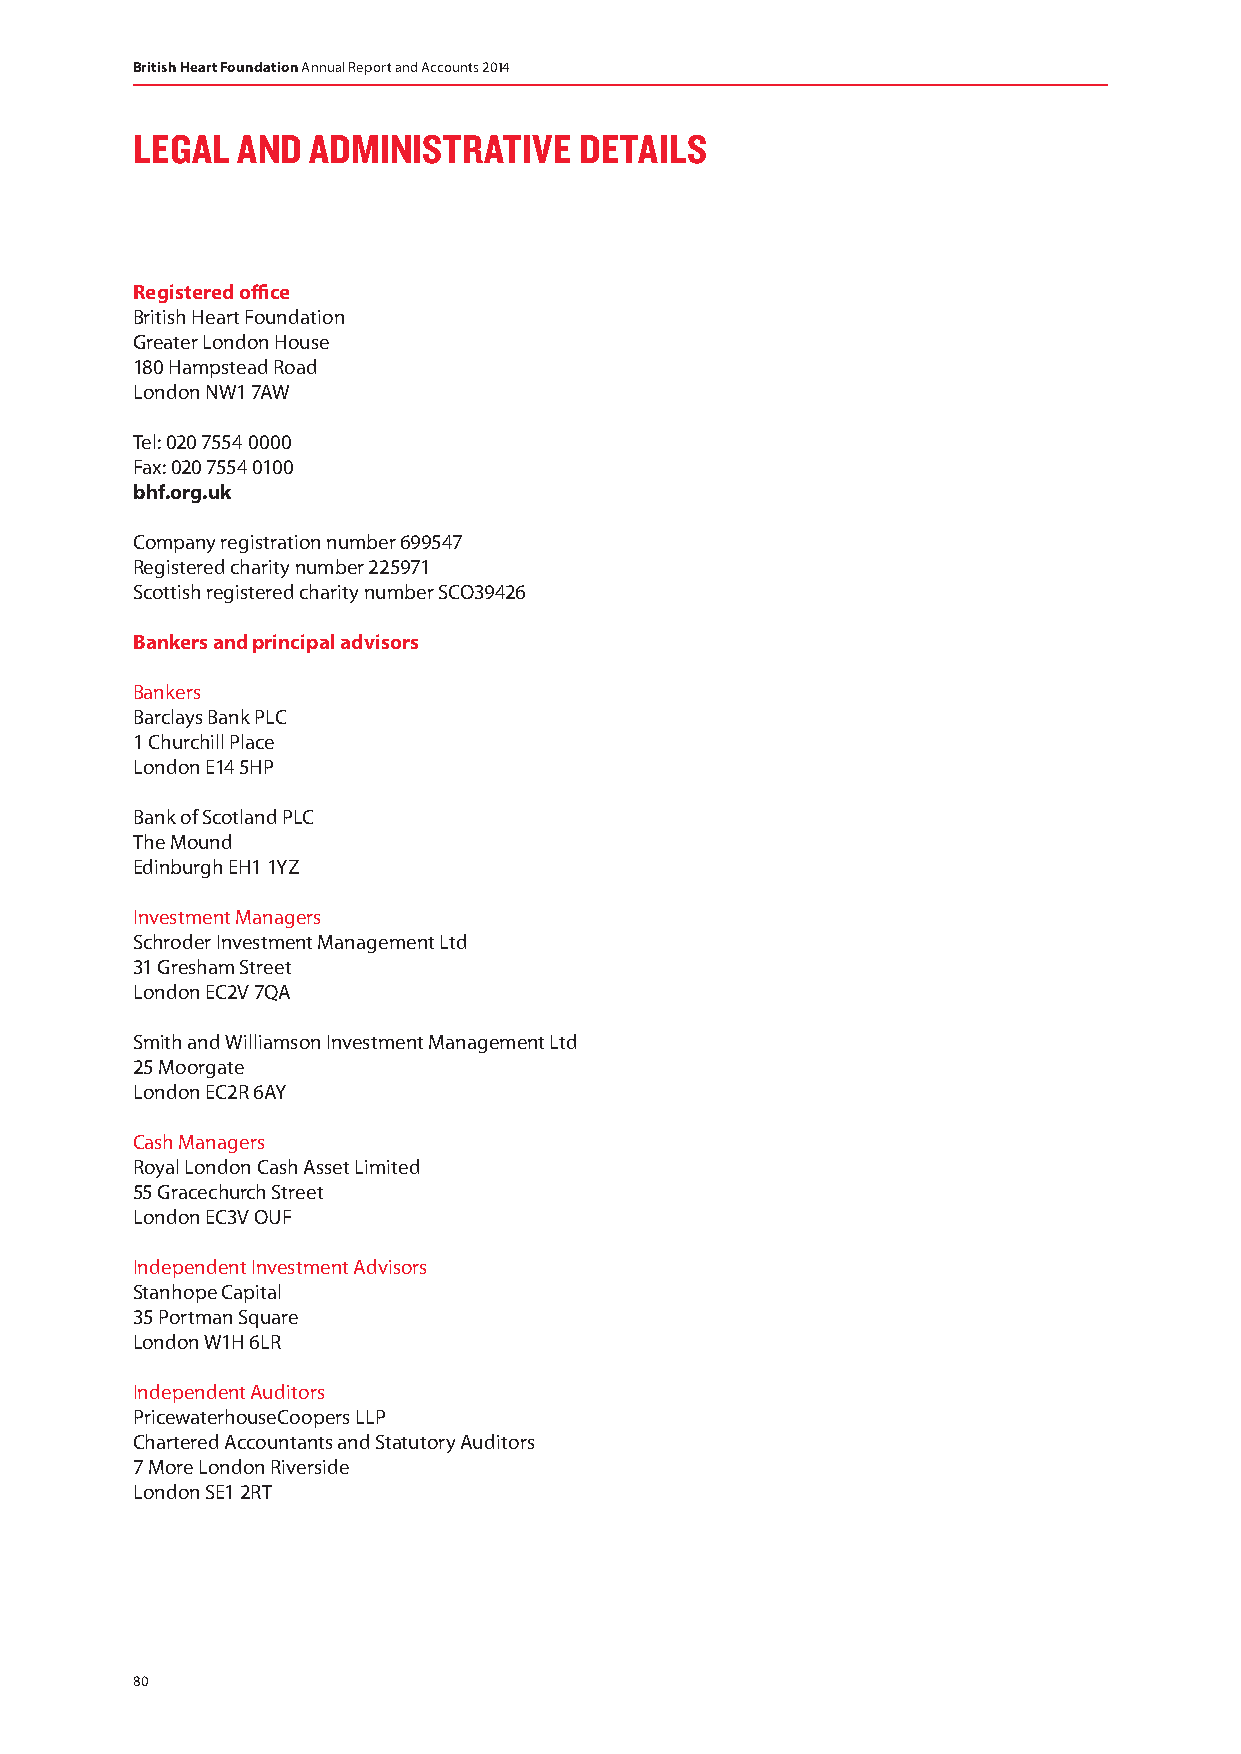
British Heart Foundation Annual Report and Accounts 2014
 LEGAL  AND ADMINISTRATIVE    DETAILS
 Registered office
 British Heart Foundation
 Greater London House
 180 Hampstead Road
 London NW1 7AW
 Tel: 020 7554 0000
 Fax: 020 7554 0100
 bhf.org.uk
 Company registration number 699547
 Registered charity number 225971
 Scottish registered charity number SCO39426
 Bankers and principal advisors
 Bankers
 Barclays Bank PLC
 1 Churchill Place
 London E14 5HP
 Bank of Scotland PLC
 The Mound
 Edinburgh EH1 1YZ
 Investment Managers
 Schroder Investment Management Ltd
 31 Gresham Street
 London EC2V 7QA
 Smith and Williamson Investment Management Ltd
 25 Moorgate
 London EC2R 6AY
 Cash Managers
 Royal London Cash Asset Limited
 55 Gracechurch Street
 London EC3V OUF
 Independent Investment Advisors
 Stanhope Capital
 35 Portman Square
 London W1H 6LR
 Independent Auditors
 PricewaterhouseCoopers LLP
 Chartered Accountants and Statutory Auditors
 7 More London Riverside
 London SE1 2RT
 80